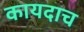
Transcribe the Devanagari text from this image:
कायदाच